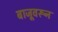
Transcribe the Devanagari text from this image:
बाजूवरून